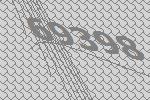
69398